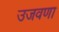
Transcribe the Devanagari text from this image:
उजवणा